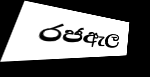
රජඇල